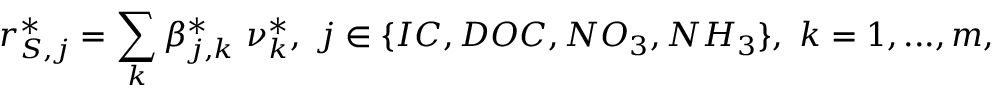
r _ { S , j } ^ { * } = \sum _ { k } \beta _ { j , k } ^ { * } \ \nu _ { k } ^ { * } , \ j \in \{ I C , D O C , N O _ { 3 } , N H _ { 3 } \} , \ k = 1 , . . . , m ,